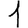
Digit: 1